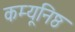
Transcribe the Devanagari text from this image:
कम्यूनिष्ठ